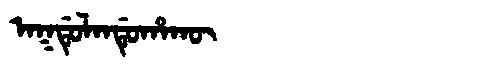
Manchu: ᠠᡴᡩᡠᠯᠠᠨᡩᡠᡥᠠᡴᡡ
Romanization: AKDULANDUHAKŪ